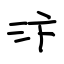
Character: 汴